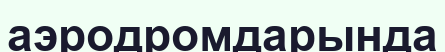
аэродромдарында